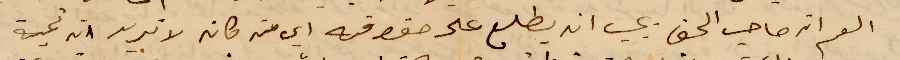
العم انه صاحب الحق يجب ان يطلع على حقوقه أي من كان لا تريد انه تحية